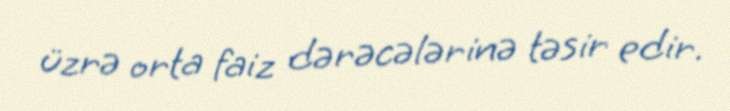
üzrə orta faiz dərəcələrinə təsir edir.